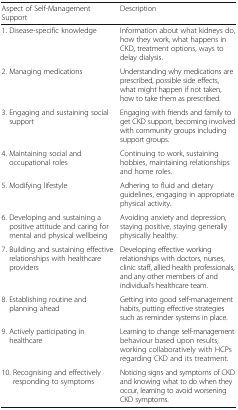
| Aspect of Self-Management Support | Description |
 | --- | --- |
 | 1. Disease-specific knowledge | Information about what kidneys do, how they work, what happens in CKD, treatment options, ways to delay dialysis. |
 | 2. Managing medications | Understanding why medications are prescribed, possible side effects, what might happen if not taken, how to take them as prescribed. |
 | 3. Engaging and sustaining social support | Engaging with friends and family to get CKD support, becoming involved with community groups including support groups. |
 | 4. Maintaining social and occupational roles | Continuing to work, sustaining hobbies, maintaining relationships and home roles. |
 | 5. Modifying lifestyle | Adhering to fluid and dietary guidelines, engaging in appropriate physical activity. |
 | 6. Developing and sustaining a positive attitude and caring for mental and physical wellbeing | Avoiding anxiety and depression, staying positive, staying generally physically healthy. |
 | 7. Building and sustaining effective relationships with healthcare providers | Developing effective working relationships with doctors, nurses, clinic staff, allied health professionals, and any other members of and individual’s healthcare team. |
 | 8. Establishing routine and planning ahead | Getting into good self-management habits, putting effective strategies such as reminder systems in place. |
 | 9. Actively participating in healthcare | Learning to change self-management behaviour based upon results, working collaboratively with HCPs regarding CKD and its treatment. |
 | 10. Recognising and effectively responding to symptoms | Noticing signs and symptoms of CKD and knowing what to do when they occur, learning to avoid worsening CKD symptoms. |